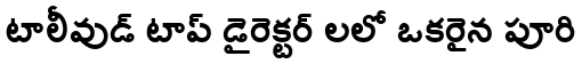
టాలీవుడ్ టాప్ డైరెక్టర్ లలో ఒకరైన పూరి